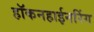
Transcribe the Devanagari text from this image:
हॉकनहाईनरिंग